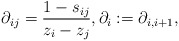
\begin{gather*} \partial_{ij}={1-s_{ij} \over z_i-z_j },\partial_{i} :=\partial_{i,i+1},\end{gather*}